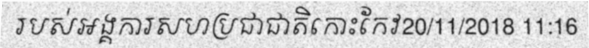
របស់អង្គការសហប្រជាជាតិកោះកែវ20/11/2018 11:16